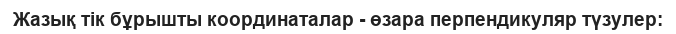
Жазық тік бұрышты координаталар - өзара перпендикуляр түзулер: